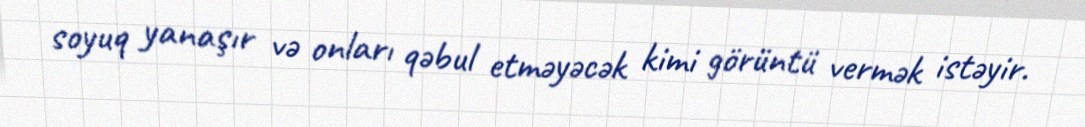
soyuq yanaşır və onları qəbul etməyəcək kimi görüntü vermək istəyir.